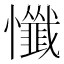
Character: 懺